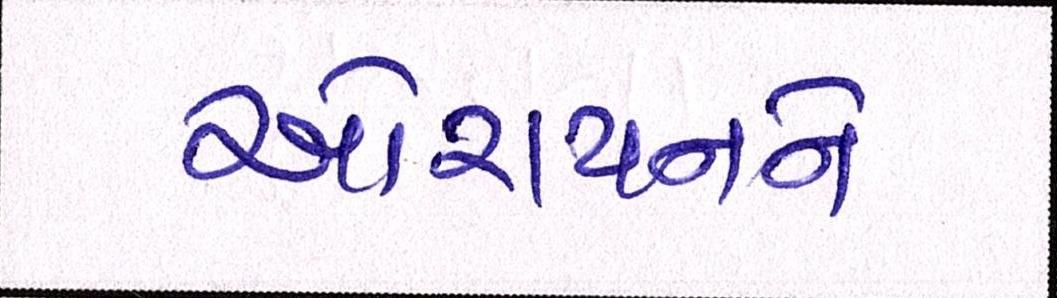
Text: ઓરાયનને